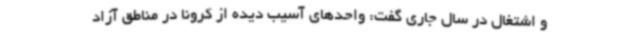
و اشتغال در سال جاری گفت: واحدهای آسیب دیده از کرونا در مناطق آزاد